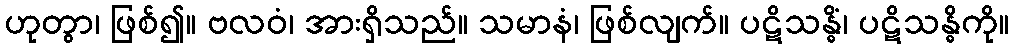
ဟုတွာ၊ ဖြစ်၍။ ဗလဝံ၊ အားရှိသည်။ သမာနံ၊ ဖြစ်လျက်။ ပဋိသန္ဓိံ၊ ပဋိသန္ဓိကို။